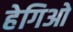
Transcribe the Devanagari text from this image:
हेगिओ